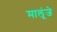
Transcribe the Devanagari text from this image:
मालूंजे